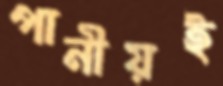
পানীয়ই